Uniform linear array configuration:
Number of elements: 8
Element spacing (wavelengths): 0.25
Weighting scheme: exponential
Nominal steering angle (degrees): -60
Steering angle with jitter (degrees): -58.984
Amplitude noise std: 0.05
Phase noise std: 0.05

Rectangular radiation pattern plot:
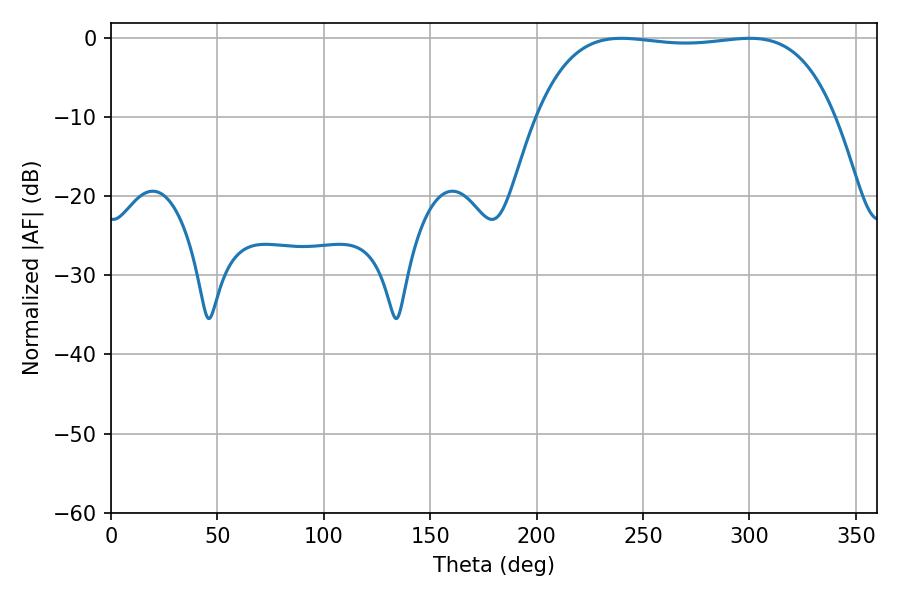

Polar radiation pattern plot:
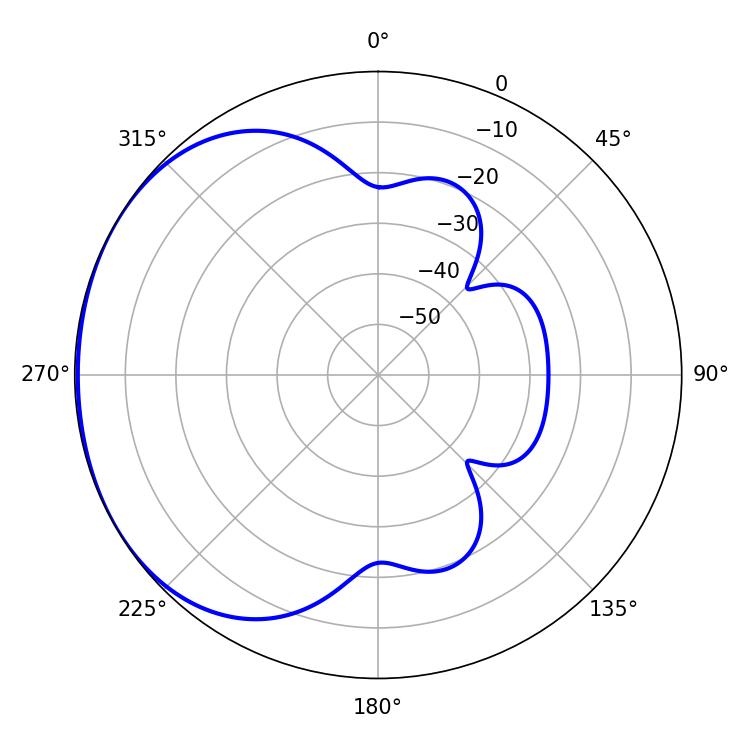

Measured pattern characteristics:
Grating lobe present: FALSE
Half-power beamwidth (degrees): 110.88
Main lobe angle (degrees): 239.76